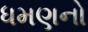
ધમણનો